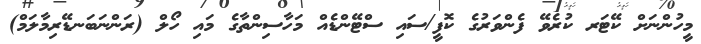
މީހުންނަށް ކޭޓަރ ކުރެވޭ ފެންވަރުގެ ކޮފީ/ސައި ސްޓޭންޑެއް މަހާސިންތާގެ މައި ހޯލް (ރަންނަބަނޑޭރިމާލަމް)